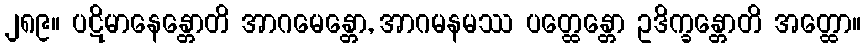
၂၈၉။ ပဋိမာနေန္တောတိ အာဂမေန္တော, အာဂမနမဿ ပတ္ထေန္တော ဥဒိက္ခန္တောတိ အတ္ထော။